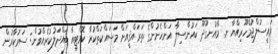
ރައީސުލްޖުމްހޫރިއްޔާ ށ. މާއުނގޫދޫ ކައުންސިލާ އަންހެނުންގެ ތަރައްޤީއަށް މަސައްކަތްކުރާ ކޮމެޓީއާ ބައްދަލުކުރެއްވުން: ސަރުކާރުން